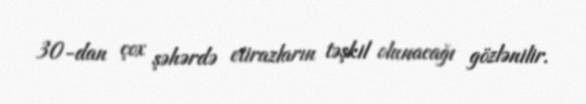
30-dan çox şəhərdə etirazların təşkil olunacağı gözlənilir.